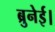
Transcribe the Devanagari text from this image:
ब्रुनेई।